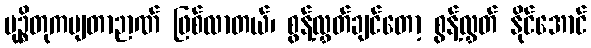
မုဉ္စိတုကမျတာဉာဏ် ဖြစ်လာတယ်၊ စွန့်လွှတ်ချင်တော့ စွန့်လွှတ် နိုင်အောင်